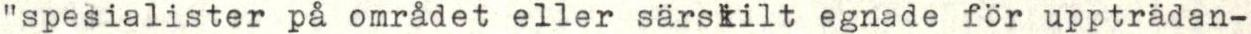
"spesialister på området eller särskilt egnade för uppträdan-